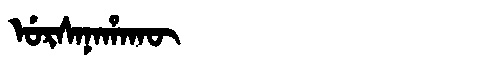
Manchu: ᡠᡵᠰᠠᠨᠠᡥᠠᡴᡡ
Romanization: URSANAHAKŪ